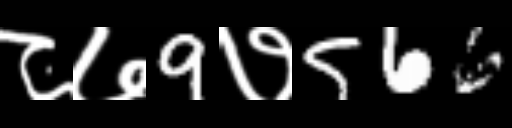
Text: ८७9७566